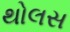
થોલસ